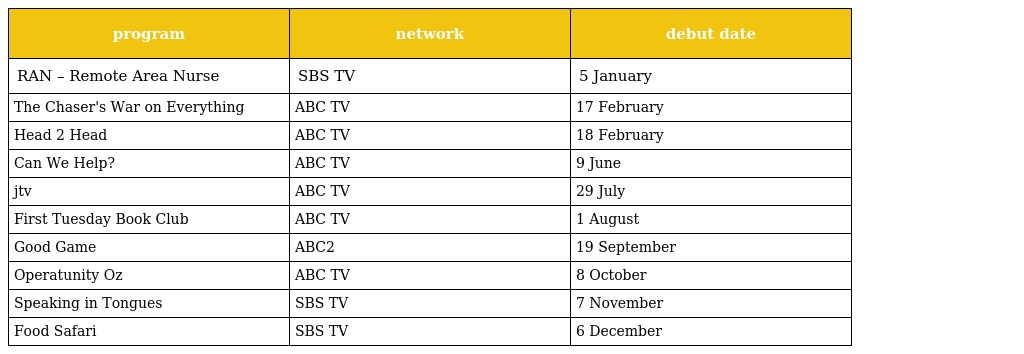
| program | network | debut date |
 | --- | --- | --- |
 | RAN – Remote Area Nurse | SBS TV | 5 January |
 | The Chaser's War on Everything | ABC TV | 17 February |
 | Head 2 Head | ABC TV | 18 February |
 | Can We Help? | ABC TV | 9 June |
 | jtv | ABC TV | 29 July |
 | First Tuesday Book Club | ABC TV | 1 August |
 | Good Game | ABC2 | 19 September |
 | Operatunity Oz | ABC TV | 8 October |
 | Speaking in Tongues | SBS TV | 7 November |
 | Food Safari | SBS TV | 6 December |